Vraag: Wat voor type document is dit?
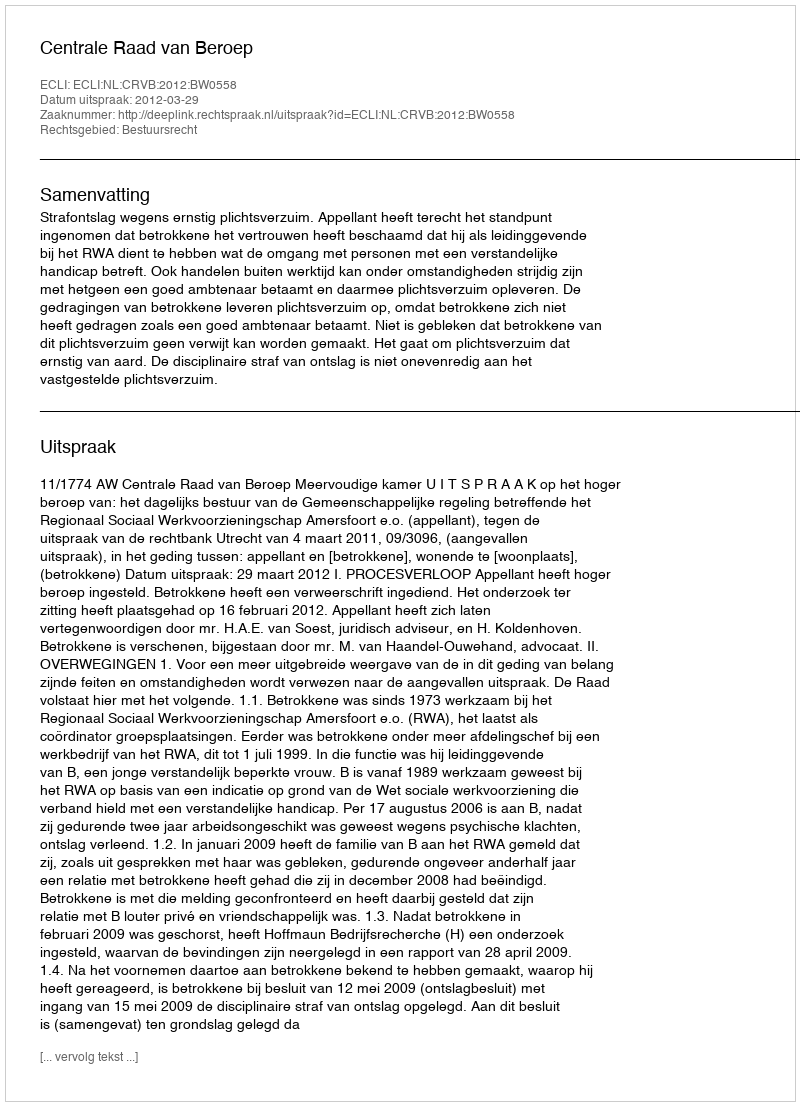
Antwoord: Uitspraak